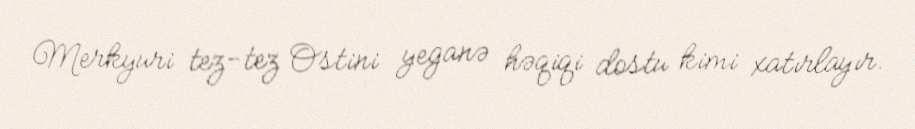
Merkyuri tez-tez Ostini yeganə həqiqi dostu kimi xatırlayır.